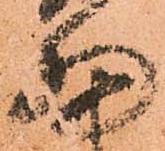
細